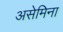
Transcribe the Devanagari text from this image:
असेमिना